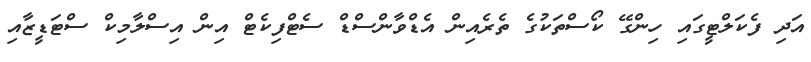
އަދި ފެކަލްޓީގައި ހިންގޭ ކޯސްތަކުގެ ތެރެއިން އެޑްވާންސްޑް ސެޓްފިކެޓް އިން އިސްލާމިކް ސްޓަޑީޒާއި